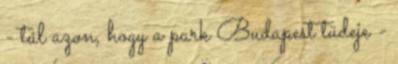
- túl azon, hogy a park Budapest tüdeje -